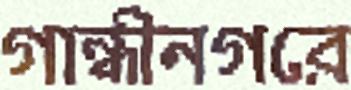
গান্ধীনগরে